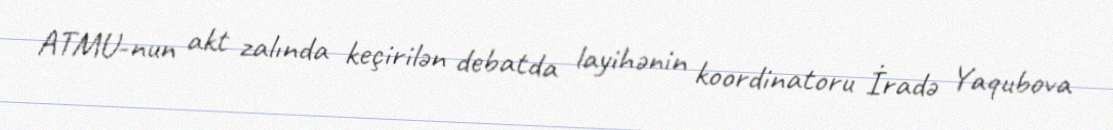
ATMU-nun akt zalında keçirilən debatda layihənin koordinatoru İradə Yaqubova